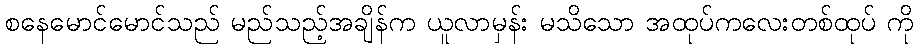
စနေမောင်မောင်သည် မည်သည့်အချိန်က ယူလာမှန်း မသိသော အထုပ်ကလေးတစ်ထုပ် ကို